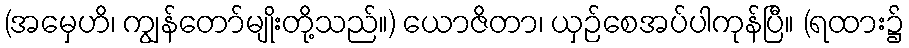
(အမှေဟိ၊ ကျွန်တော်မျိုးတို့သည်။) ယောဇိတာ၊ ယှဉ်စေအပ်ပါကုန်ပြီ။ (ရထား၌